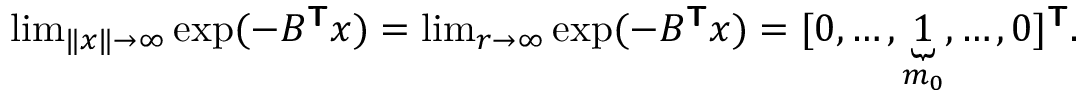
\begin{array} { r } { \operatorname* { l i m } _ { \| \boldsymbol { x } \| \rightarrow \infty } \exp ( - B ^ { \boldsymbol { \mathsf { T } } } \boldsymbol { x } ) = \operatorname* { l i m } _ { r \rightarrow \infty } \exp ( - B ^ { \boldsymbol { \mathsf { T } } } \boldsymbol { x } ) = [ 0 , \ldots , \underbrace { 1 } _ { m _ { 0 } } , \ldots , 0 ] ^ { \boldsymbol { \mathsf { T } } } . } \end{array}